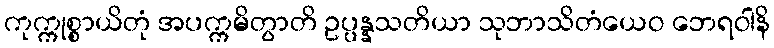
ကုက္ကုစ္စာယိတုံ အပက္ကမိတွာတိ ဥပ္ပန္နသတိယာ သုဘာသိတံယေဝ ဘေရဝါနိ